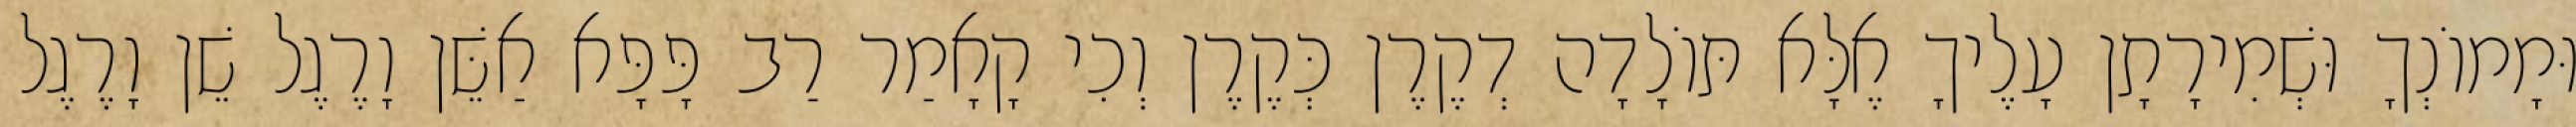
וּמָמוֹנְךָ וּשְׁמִירָתָן עָלֶיךָ אֶלָּא תּוֹלָדָה דְקֶרֶן כְּקֶרֶן וְכִי קָאָמַר רַב פָּפָּא אַשֵּׁן וָרֶגֶל שֵׁן וָרֶגֶל